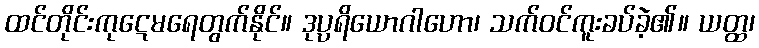
ထင်တိုင်းကုဋေမရေတွက်နိုင်။ ဒုပ္ပရိယောဂါဟော၊ သက်ဝင်ကူးခပ်ခဲ့၏။ ယတ္ထ၊